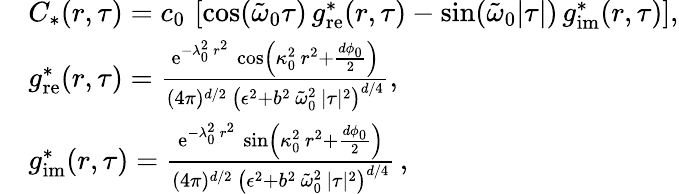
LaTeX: \begin{array}{rl}&{C_{\ast}(r,\tau)=c_{0}\, \left[\cos(\tilde{\omega}_{0}\tau)\, g_{\mathrm{re}}^{\ast}(r,\tau)-\sin(\tilde{\omega}_{0}\lvert\tau\rvert)\, g_{\mathrm{im}}^{\ast}(r,\tau)\right],}\\ &{g_{\mathrm{re}}^{\ast}(r,\tau)=\frac{\mathrm{e}^{-\lambda_{0}^{2}\, r^{2}}\, \cos\left(\kappa_{0}^{2}\, r^{2}+\frac{d\phi_{0}}{2}\right)}{(4\pi)^{d/2}\, \left(\epsilon^{2}+b^{2}\, \tilde{\omega}_{0}^{2}\, \lvert\tau\rvert^{2}\right)^{d/4}},}\\ &{g_{\mathrm{im}}^{\ast}(r,\tau)=\frac{\mathrm{e}^{-\lambda_{0}^{2}\, r^{2}}\, \sin\left(\kappa_{0}^{2}\, r^{2}+\frac{d\phi_{0}}{2}\right)}{(4\pi)^{d/2}\, \left(\epsilon^{2}+b^{2}\, \tilde{\omega}_{0}^{2}\, \lvert\tau\rvert^{2}\right)^{d/4}}\, ,}\end{array}